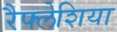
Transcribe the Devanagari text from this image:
रैफ्लेशिया